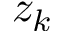
z _ { k }